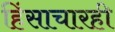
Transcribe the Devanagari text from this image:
हिंसाचारही